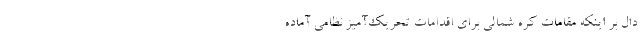
دال بر اینکه مقامات کره شمالی برای اقدامات تحریک‌آمیز نظامی آماده